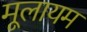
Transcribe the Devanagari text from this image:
मूलायम